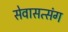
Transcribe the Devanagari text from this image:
सेवासत्संग